Report of the King Institute of Preventive Medicine, Guindy
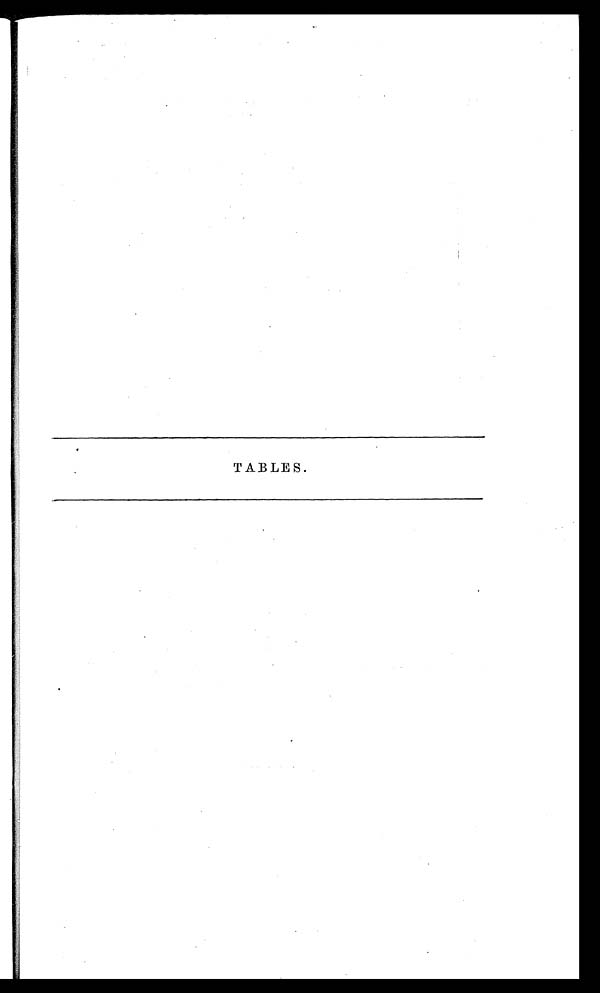
TABLES.